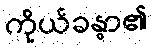
ကိုယ်ခန္ဓာ၏